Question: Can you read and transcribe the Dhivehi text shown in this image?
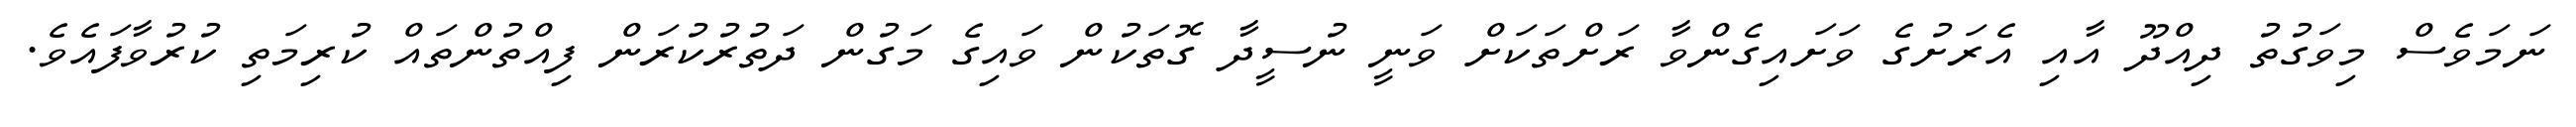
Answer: ނަމަވެސް މިވަގުތު ދިއްދޫ އާއި އެރަށުގެ ވަށައިގެންވާ ރަށްތަކަށް ވަނީ ނުސީދާ ގޮތަކުން ވައިގެ މަގުން ދަތުރުކުރަން ފިއްތުންތައް ކުރިމަތި ކުރުވާފައެވެ.